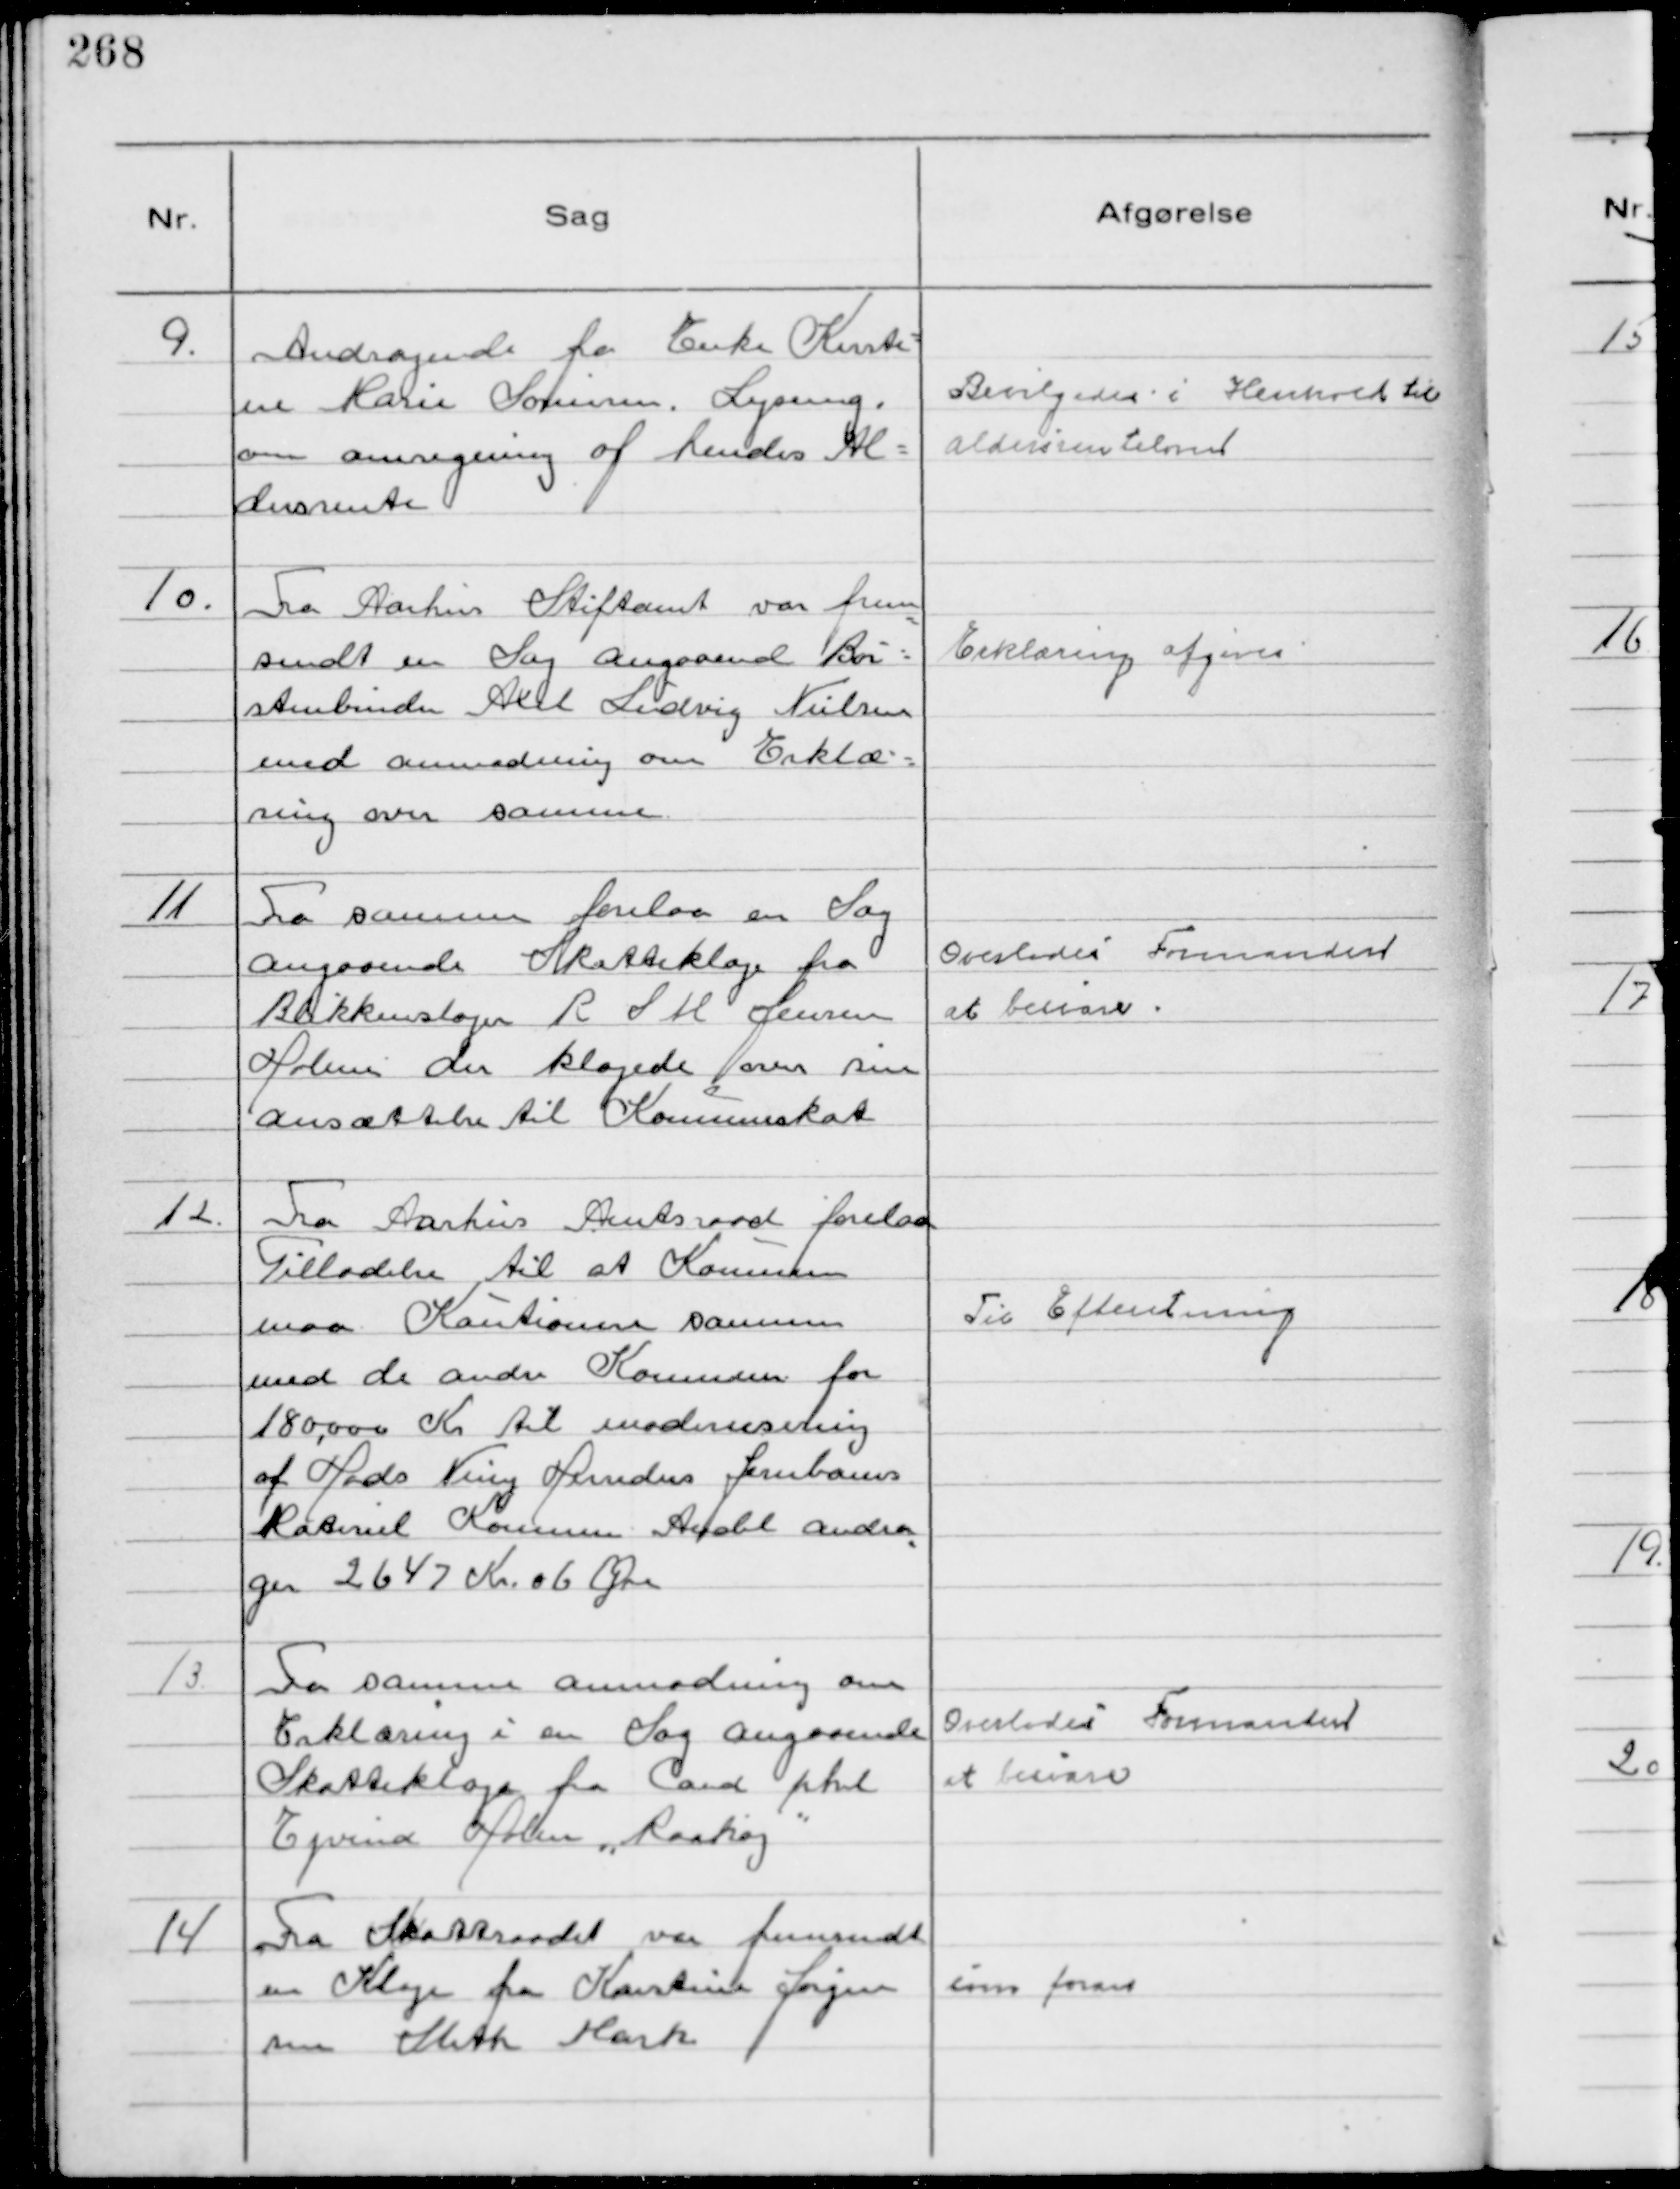
Transskription:
9.
Andragende fra Enke Kirsti-
ne Marie Sørensen Lyseng.
om ansøgning af hendes Al-
dersrente

Bevilgedes i Henhold til
alderrenteloven

10.
Fra Aarhus Stiftamt var frem
sendt en Sag angaaende Bør-
stenbinder Axel Ludvig Nielsen
med anmodning om Erklæ-
ring over samme

Erklæring afgives

11
Fra samme forelaa en Sag
angaaende Skatteklage fra
Blikkenslager R S M Jensen
Holme der klagede over sin
ansættelse til Kommuneskat

Overlodes Formanden
at besvare

12.
Fra Aarhus Amtsraad forelaa
Tilladelse til at Kommunen
maa Kautionere sammen
med de andre Kommuner for
180,000 Kr til modernisering
af Hads Ning Herreders Jernbanes
Materiel Kommunens Andel andra
ger 2647 Kr. 06 Øre

Til Efteretning

13.
Fra samme anmodning om
Erklæring i en Sag angaaende
Skatteklage fra Cand phil
Ejvind Holm "Raahøj"

Overlodes Formanden
at besvare

14
Fra Skatteraadet var fremsendt
en Klage fra Kirstine Jørgen
sen Sleth Mark

som foran